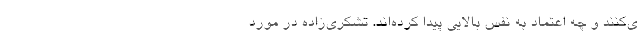
ی‌کنند و چه اعتماد به نفس بالایی پیدا کرده‌اند. تشکری‌زاده در مورد